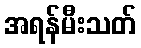
အရန်မီးသတ်